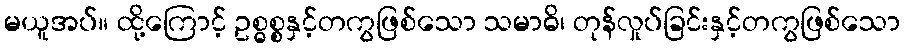
မယူအပ်။ ထို့ကြောင့် ဥစ္ဓစ္စနှင့်တကွဖြစ်သော သမာဓိ၊ တုန်လှုပ်ခြင်းနှင့်တကွဖြစ်သော